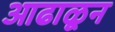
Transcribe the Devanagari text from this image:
आढाळून